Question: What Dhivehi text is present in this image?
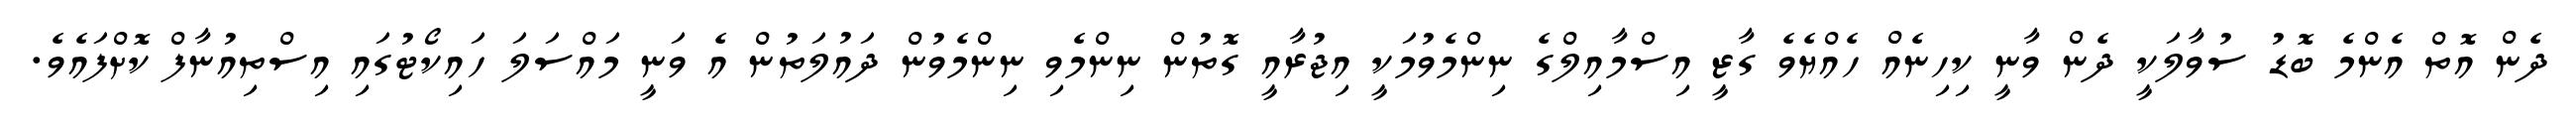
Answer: ދެން އޮތް އެންމެ ބޮޑު ސުވާލަކީ ދެން ވާނީ ކިހިނެއް ހެއްޔެވެ ގާޒީ އިސްމާއިލްގެ ނިންމެވުމަކީ އިޖުރާއީ ގޮތުން ނިންމެވި ނިންމެވުން ދައުލަތުން އެ ވަނީ މައްސަލަ ހައިކޯޓުގައި އިސްތިއުނާފް ކޮށްފައެވެ.